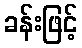
ခန်းဖြင့်